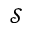
\mathcal S